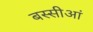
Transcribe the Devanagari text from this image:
बस्सीआं